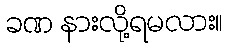
ခဏ နားလို့ရမလား။